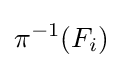
\pi ^{-1}(F_{i})